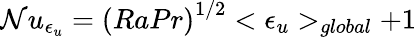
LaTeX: \mathcal{N}u_{\epsilon_{u}}={(RaPr)}^{1/2}<\epsilon_{u}>_{global}+1